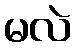
မလဲ